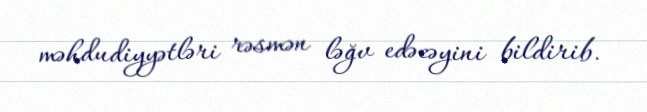
məhdudiyyətləri rəsmən ləğv edəcəyini bildirib.